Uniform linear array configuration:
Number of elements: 24
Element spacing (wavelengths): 1
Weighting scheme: hann
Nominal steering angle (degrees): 45
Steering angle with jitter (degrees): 46.556
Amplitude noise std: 0.05
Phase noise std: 0.05

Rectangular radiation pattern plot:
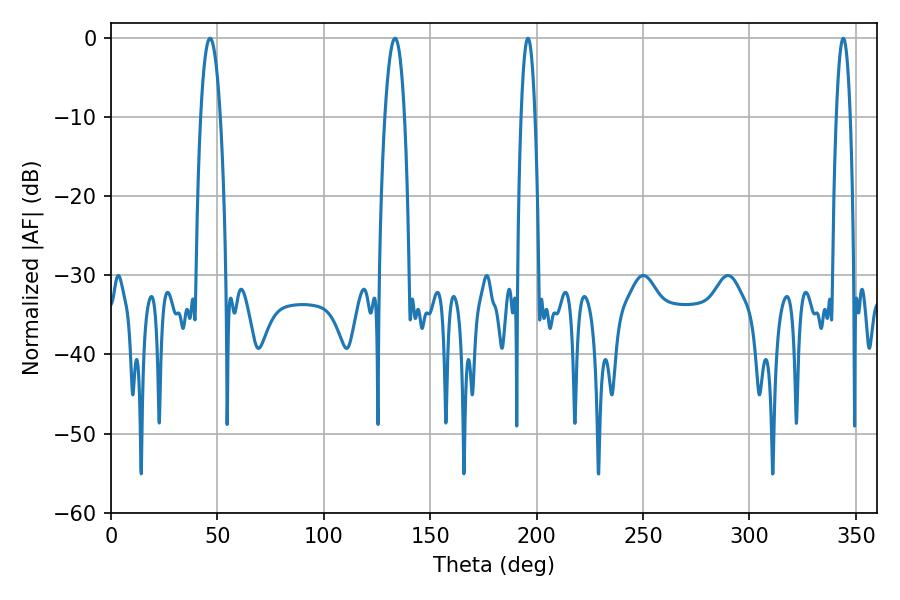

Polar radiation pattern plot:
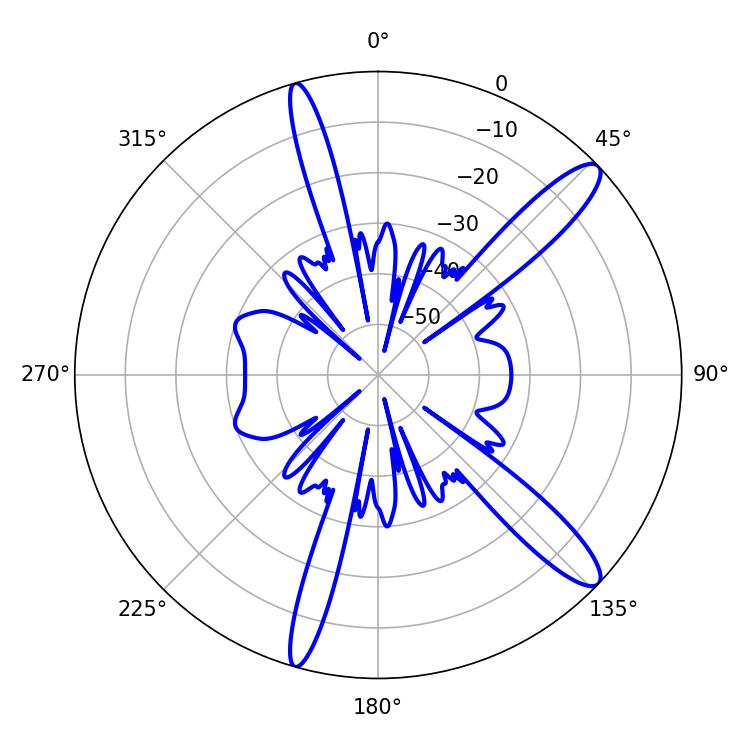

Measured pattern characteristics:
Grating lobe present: TRUE
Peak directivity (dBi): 12.932
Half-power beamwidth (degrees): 5.04
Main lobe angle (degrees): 46.62